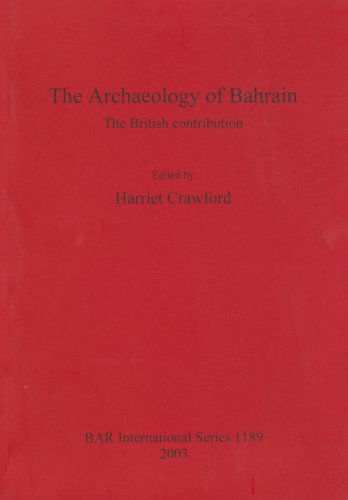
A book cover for The Archaeology of Bahrain (British Archaeological Reports); Harriet Crawford; History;